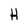
Character: H